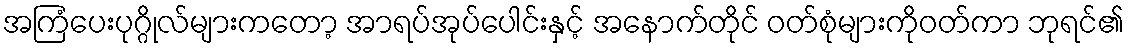
အကြံပေးပုဂ္ဂိုလ်များကတော့ အာရပ်အုပ်ပေါင်းနှင့် အနောက်တိုင် ဝတ်စုံများကိုဝတ်ကာ ဘုရင်၏